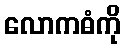
လောကဓံကို